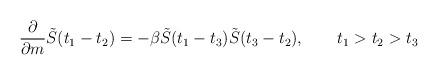
LaTeX: \begin{align*}{\partial\over \partial{m}}\tilde{S}(t_1-t_2)=-\beta\tilde{S}(t_1-t_3)\tilde{S}(t_3-t_2), \qquad t_1>t_2 >t_3\end{align*}